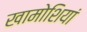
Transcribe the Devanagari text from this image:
खामोशियां